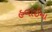
હવાઈમા